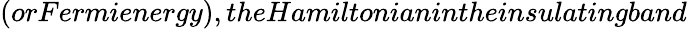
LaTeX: (orFermienergy),theHamiltonianintheinsulatingband